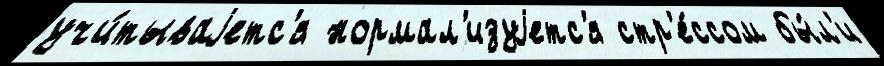
учи́тываjетс'я нормал'изуjетс'я стр'е́ссом бы́л'и